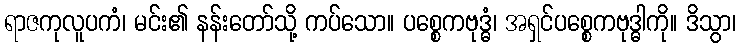
ရာဇကုလူပကံ၊ မင်း၏ နန်းတော်သို့ ကပ်သော။ ပစ္စေကဗုဒ္ဓံ၊ အရှင်ပစ္စေကဗုဒ္ဓါကို။ ဒိသွာ၊